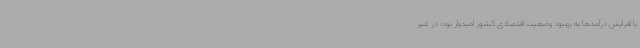
با افزایش درآمدها به بهبود وضعیت اقتصادی کشور امیدوار بود؛ در غیر‌